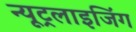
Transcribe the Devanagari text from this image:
न्यूट्रलाइजिंग